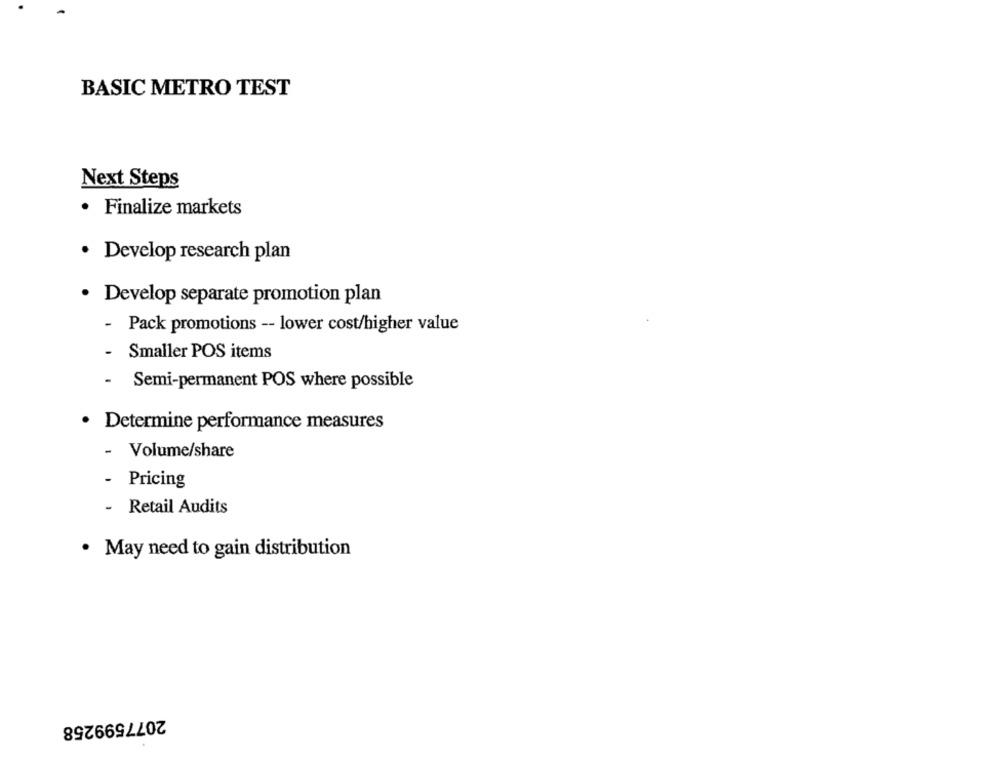
BASIC METRO TEST
Next Steps
· Finalize markets
· Develop research plan
· Develop separate promotion plan
- Pack promotions -- lower cost/higher value
Smaller POS items
- Semi-permanent POS where possible
· Determine performance measures
- Volume/share
-
Pricing
- Retail Audits
· May need to gain distribution
2077599258